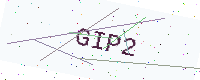
Text: GIP2